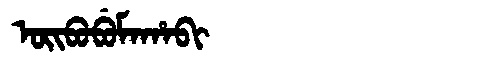
Manchu: ᠣᡳᠪᠣᠪᡠᠮᠠᡥᠠᠪᡳ
Romanization: OIBOBUMAHABI